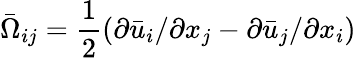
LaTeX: {{\bar{\Omega}}_{ij}}=\frac{1}{2}\left({\partial{{\bar{u}}_{i}}/\partial{x_{j}}-\partial{{\bar{u}}_{j}}/\partial{x_{i}}}\right)